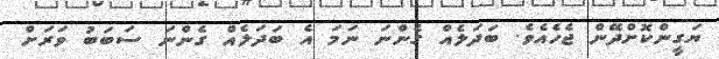
ޔަގީންކޮށްދޭން ޖެހެއެވެ. ބަދަލެއް ގެންނަ ނަމަ އެ ބަދަލެއް ގެންނަ ސަބަބު ވަރަށް